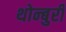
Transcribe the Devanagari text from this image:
थोन्बुरी